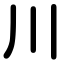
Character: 川